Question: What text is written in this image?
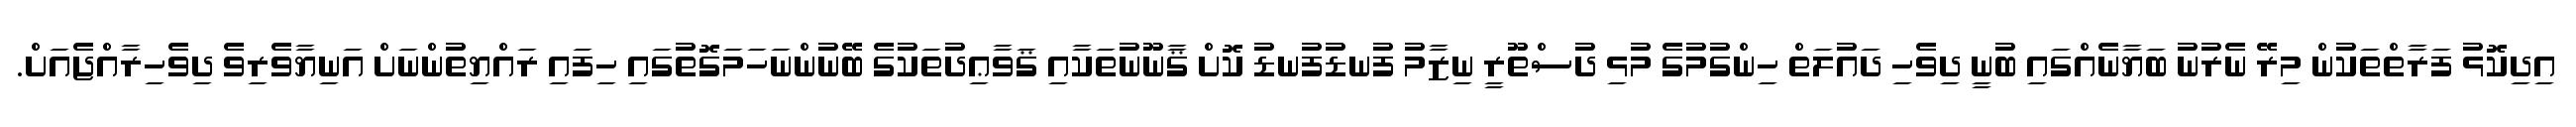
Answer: އިދިކޮޅު ފަރާތްތަކުން މިރޭ ނެރުނު ބަޔާނެއްގައި ބުނީ ދިވެހި ދައުލަތް ހިންގުމުގެ މުޅި ދުސްތޫރީ ނިޒާމު ފުނޑުފުނޑު ކޮށް ޤާނޫނުތަކާއި ޤަވާޢިދުތަކުގެ ބޭނުންނަހަމަގޮތުގައި ހިފައި ރައްޔިތުންނަށް އަނިޔާވެރިވެ ދިވެހިރާއްޖެއަށް.